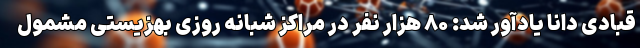
قبادی دانا یادآور شد: ۸۰ هزار نفر در مراکز شبانه روزی بهزیستی مشمول